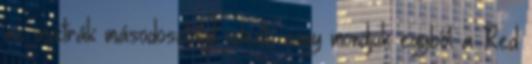
az osztrák másodosztályt jelenti, vagy mondjuk egyből a Red